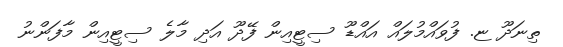
ތިނަދޫ ޏ. ފުވައްމުލައް އައްޑޫ ސިޓީއިން ފޭދޫ އަދި މާލެ ސިޓީއިން މާފަންނު